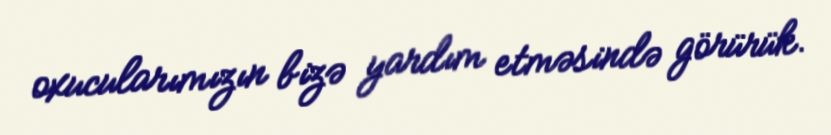
oxucularımızın bizə yardım etməsində görürük.